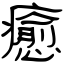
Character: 癒